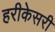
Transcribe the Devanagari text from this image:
हरीकेसरी